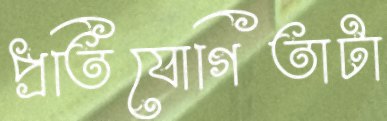
প্রতিযোগিতাটা